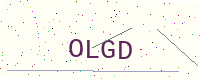
Text: OLGD